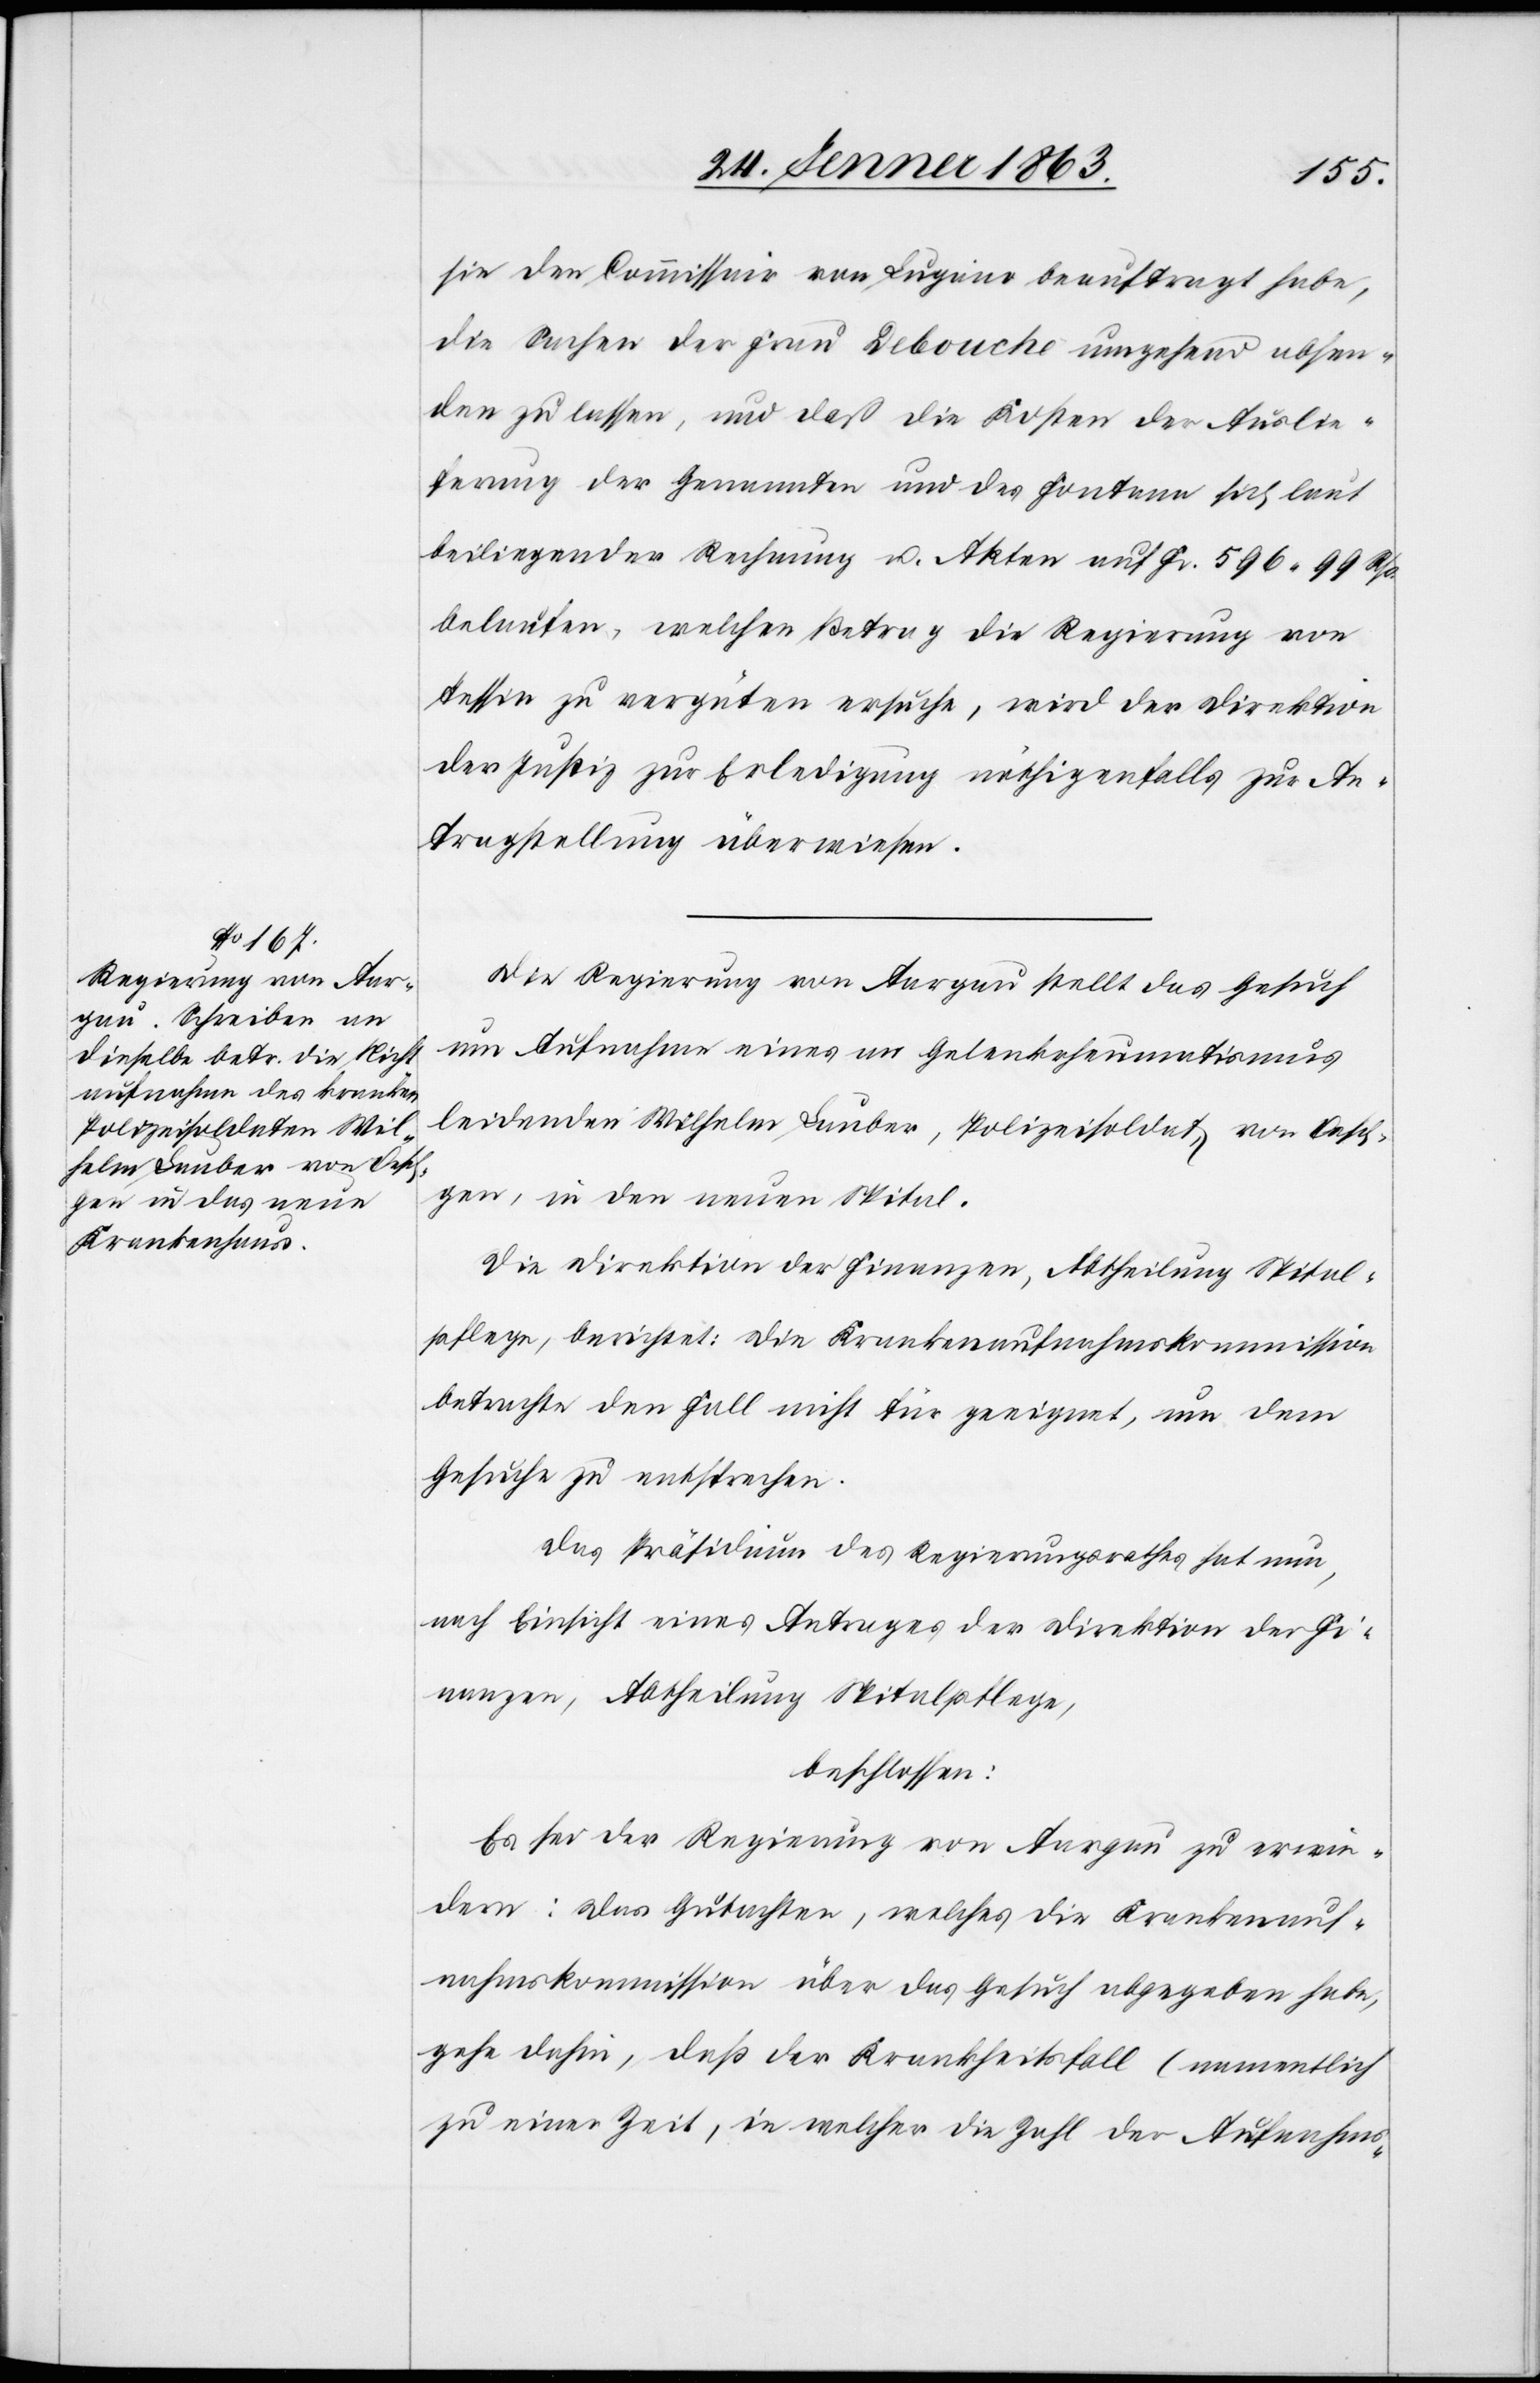
26. Jenner 1863.]
sie den Commissair von Lugano beauftragt habe,
die Sachen der Frau Debouche umgehend absen¬
den zu lassen, und daß die Kosten der Auslie¬
ferung der Genannten und des Fontana sich laut
beiliegender Rechnung u. Akten auf Fr. 596. 99 Rp.
belaufen, welchen Betrag die Regierung von
Tessin zu vergüten ersuche, wird der Direktion
der Justiz zur Erledigung nöthigenfalls zur An¬
tragstellung überwiesen.
Die Regierung von Aargau stellt das Gesuch
um Aufnahme eines an Gelenkrheumatismus
leidenden Wilhelm Lauber, Polizeisoldat, von Oesch¬
gen, in den neuen Spital.
Die Direktion der Finanzen, Abtheilung Spital¬
pflege, berichtet: Die Krankenaufnahmskommission
betrachte den Fall nicht für geeignet, um dem
Gesuche zu entsprechen.
Das Präsidium des Regierungsrathes hat nun,
nach Einsicht eines Antrages der Direktion der Fi¬
nanzen, Abtheilung Spitalpflege,
beschlossen:
Es sei der Regierung von Aargau zu erwie¬
dern: Das Gutachten, welches die Krankenauf¬
nahmskommission über das Gesuch abgegeben habe,
gehe dahin, daß der Krankheitsfall (namentlich
zu einer Zeit, in welcher die Zahl der Aufnahms-